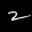
Label: 2